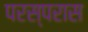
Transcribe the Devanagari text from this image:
परस्परास